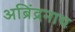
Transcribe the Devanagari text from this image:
अब्रिंद्रनाथ